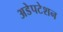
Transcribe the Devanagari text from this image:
अडेपटेशन